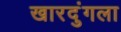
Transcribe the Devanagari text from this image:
खारदुंगला